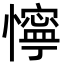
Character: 懧